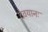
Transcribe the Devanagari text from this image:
देवयानः